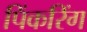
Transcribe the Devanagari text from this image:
पिंकरिंग